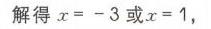
解得 \(x = - 3\) 或 \(x = 1\)，